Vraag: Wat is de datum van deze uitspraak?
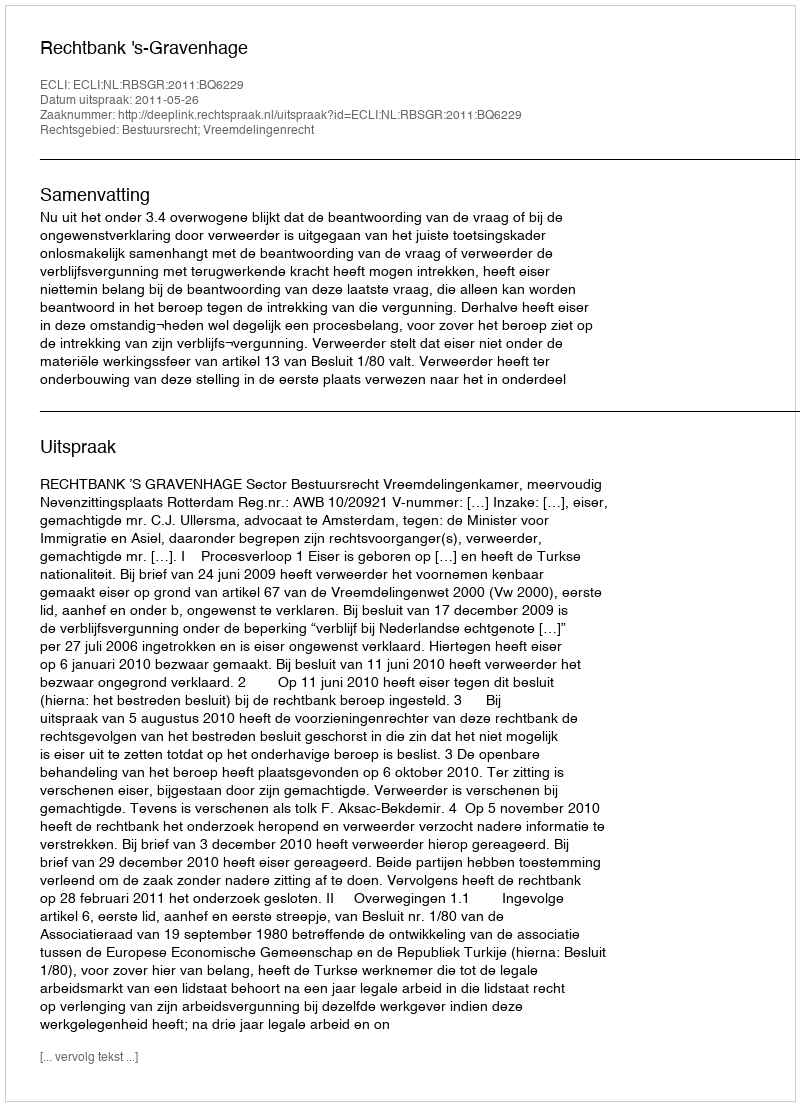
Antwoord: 2011-05-26